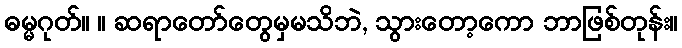
ဓမ္မဂုတ်။ ။ ဆရာတော်တွေမှမသိဘဲ, သွားတော့ကော ဘာဖြစ်တုန်း။